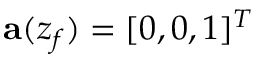
\mathbf { a } ( z _ { f } ) = \lbrack 0 , 0 , 1 \rbrack ^ { T }